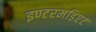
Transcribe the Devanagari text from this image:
इण्टरमडिएट